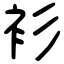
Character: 衫